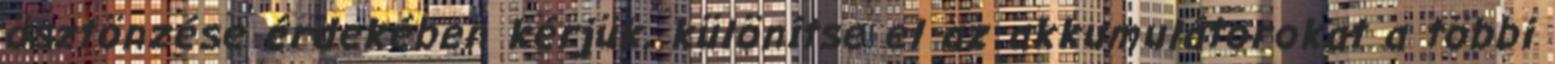
ösztönzése érdekében kérjük, különítse el az akkumulátorokat a többi